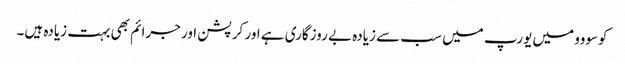
کوسووو میں یورپ میں سب سے زیادہ بے روزگاری ہے اور کرپشن اور جرائم بھی بہت زیادہ ہیں۔